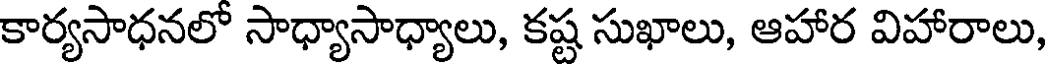
కార్యసాధనలో సాధ్యాసాధ్యాలు, కష్ట సుఖాలు, ఆహార విహారాలు,